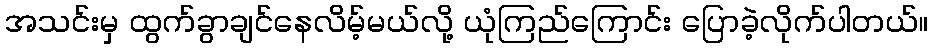
အသင်းမှ ထွက်ခွာချင်နေလိမ့်မယ်လို့ ယုံကြည်ကြောင်း ပြောခဲ့လိုက်ပါတယ်။